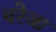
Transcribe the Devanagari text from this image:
बरेजा